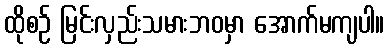
ထိုစဉ် မြင်းလှည်းသမားဘဝမှာ အောက်မကျပါ။